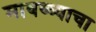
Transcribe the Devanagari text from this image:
मावळ्याचा